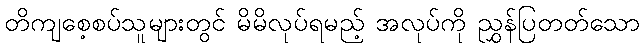
တိကျစေ့စပ်သူများတွင် မိမိလုပ်ရမည့် အလုပ်ကို ညွှန်ပြတတ်သော